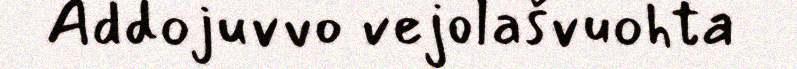
Addojuvvo vejolašvuohta